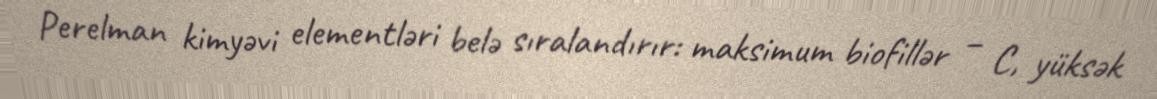
Perelman kimyəvi elementləri belə sıralandırır: maksimum biofillər – C, yüksək